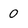
Character: 0